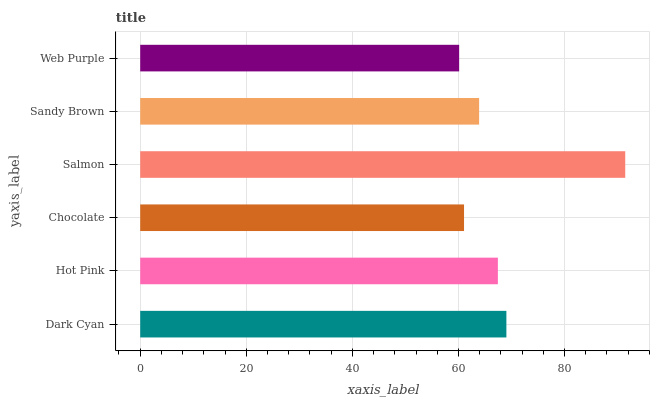
| yaxis_label | bars |
 | --- | --- |
 | Dark Cyan | 69 |
 | Hot Pink | 67.4 |
 | Chocolate | 61 |
 | Salmon | 91.4 |
 | Sandy Brown | 63.9 |
 | Web Purple | 60.1 |